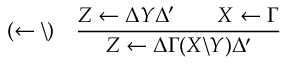
( \leftarrow \backslash ) \quad { \frac { Z \leftarrow \Delta Y \Delta ^ { \prime } \qquad X \leftarrow \Gamma } { Z \leftarrow \Delta \Gamma ( X \backslash Y ) \Delta ^ { \prime } } }